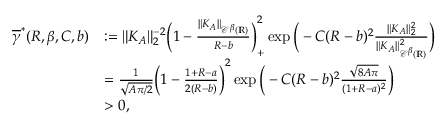
\begin{array} { r l } { \overline { \gamma } ^ { * } ( R , \beta , C , b ) } & { : = \| K _ { A } \| _ { 2 } ^ { - 2 } \bigg ( 1 - \frac { \| K _ { A } \| _ { { \mathscr C } ^ { \beta } ( { \mathbb R } ) } } { R - b } \bigg ) _ { + } ^ { 2 } \exp \bigg ( - C ( R - b ) ^ { 2 } \frac { \| K _ { A } \| _ { 2 } ^ { 2 } } { \| K _ { A } \| _ { { \mathscr C } ^ { \beta } ( { \mathbb R } ) } ^ { 2 } } \bigg ) } \\ & { = \frac { 1 } { \sqrt { A \pi / 2 } } \bigg ( 1 - \frac { 1 + R - a } { 2 ( R - b ) } \bigg ) ^ { 2 } \exp \bigg ( - C ( R - b ) ^ { 2 } \frac { \sqrt { 8 A \pi } } { ( 1 + R - a ) ^ { 2 } } \bigg ) } \\ & { > 0 , } \end{array}